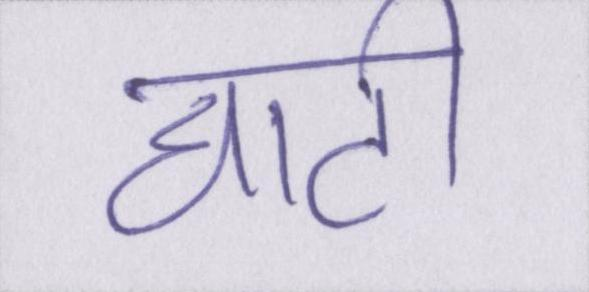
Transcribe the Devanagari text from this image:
घाटी